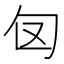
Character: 𭅅